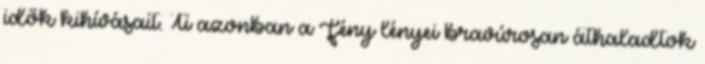
idők kihívásait. Ti azonban a Fény lényei bravúrosan áthaladtok